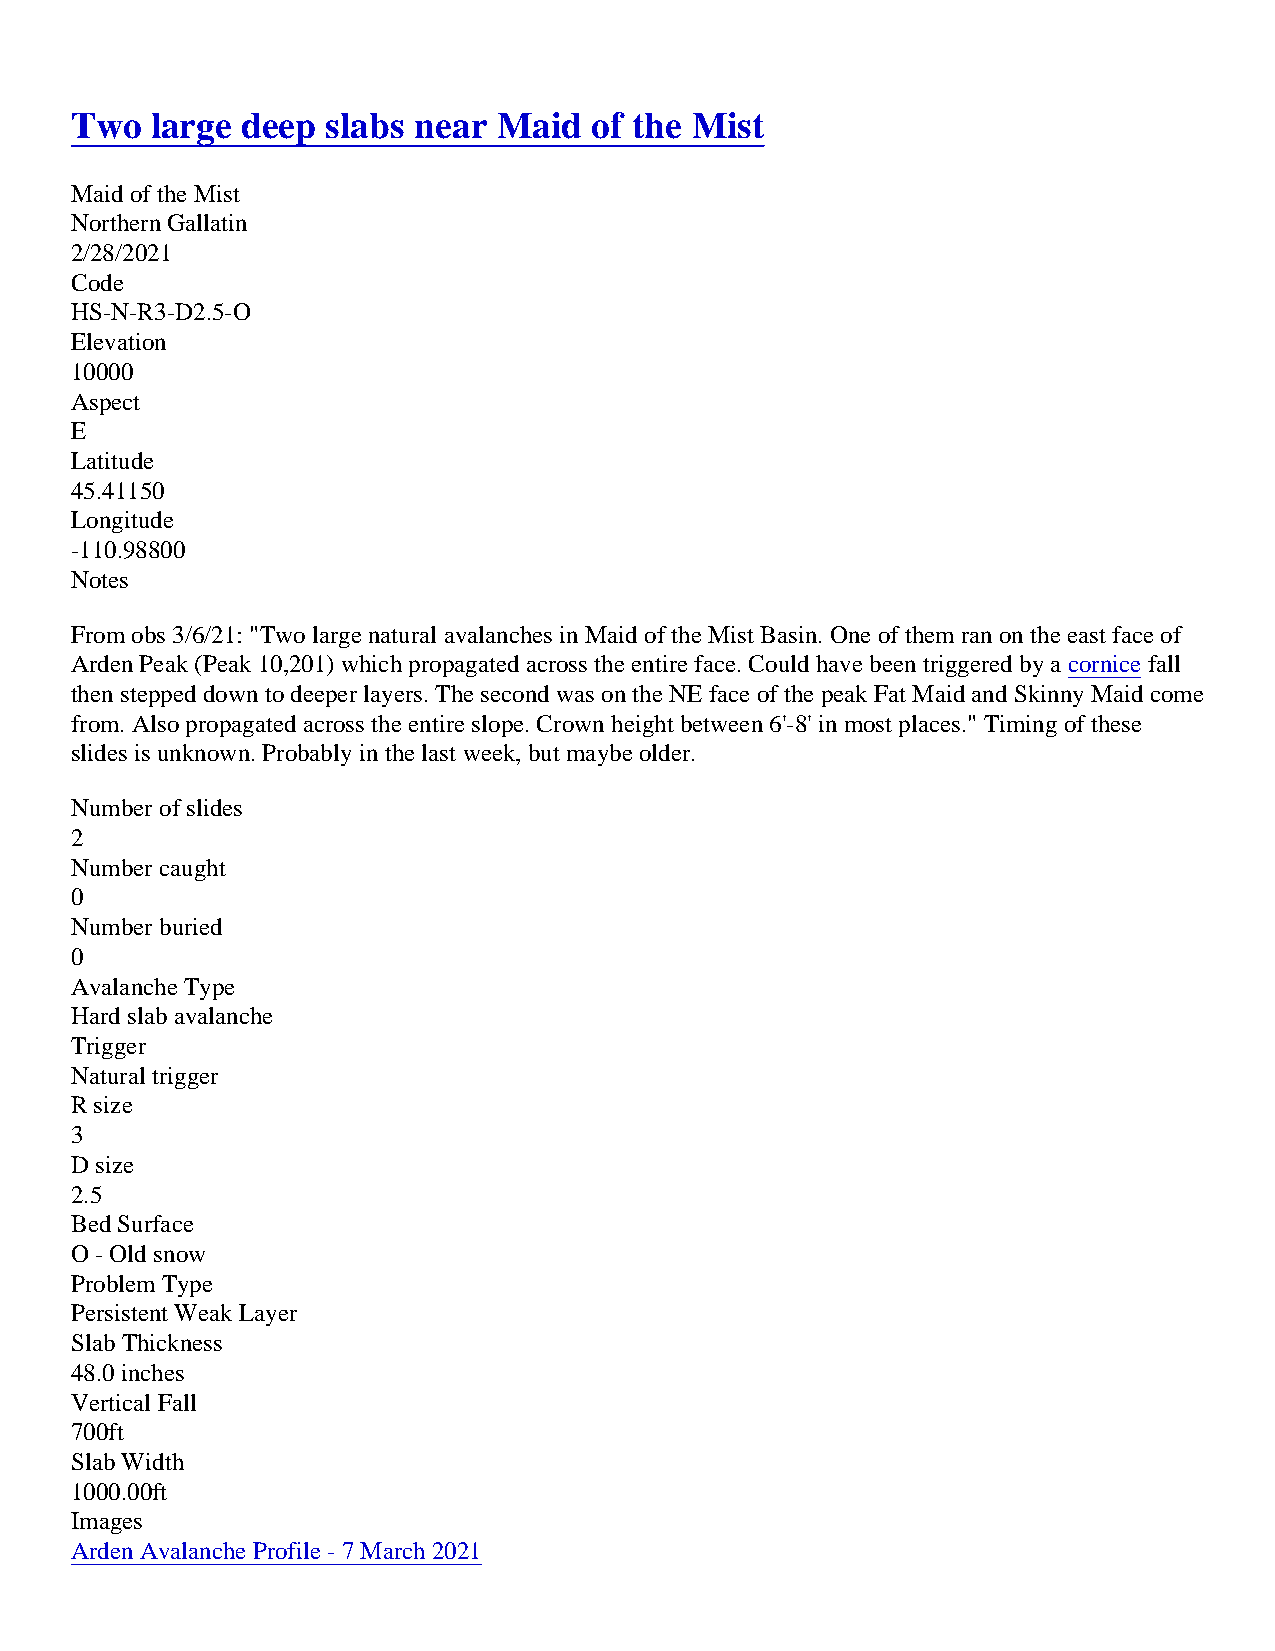
Two  large deep  slabs near Maid  of the Mist
 Maid of the Mist
 Northern Gallatin
 2/28/2021
 Code
 HS-N-R3-D2.5-O
 Elevation
 10000
 Aspect
 E
 Latitude
 45.41150
 Longitude
 -110.98800
 Notes
 From obs 3/6/21: "Two large natural avalanches in Maid of the Mist Basin. One of them ran on the east face of
 Arden Peak (Peak 10,201) which propagated across the entire face. Could have been triggered by a cornice fall
 then stepped down to deeper layers. The second was on the NE face of the peak Fat Maid and Skinny Maid come
 from. Also propagated across the entire slope. Crown height between 6'-8' in most places." Timing of these
 slides is unknown. Probably in the last week, but maybe older.
 Number of slides
 2
 Number caught
 0
 Number buried
 0
 Avalanche Type
 Hard slab avalanche
 Trigger
 Natural trigger
 R size
 3
 D size
 2.5
 Bed Surface
 O - Old snow
 Problem Type
 Persistent Weak Layer
 Slab Thickness
 48.0 inches
 Vertical Fall
 700ft
 Slab Width
 1000.00ft
 Images
 Arden Avalanche Profile - 7 March 2021